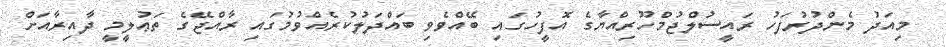
މިއަދު މެންދުރުފަހު ރައީސުލްޖުމްހޫރިއްޔާގެ އޮފީހުގައި ބޭއްވެވި ބައްދަލުކުރެއްވުމުގައި ރާއްޖޭގެ ތަޢުލީމީ ދާއިރާއަށް